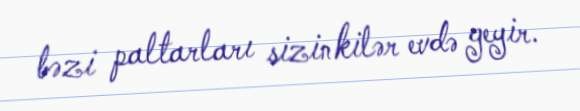
bəzi paltarları sizinkilər evdə geyir.